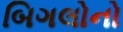
બિગલોનો